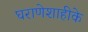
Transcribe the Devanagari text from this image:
घराणेशाहीके